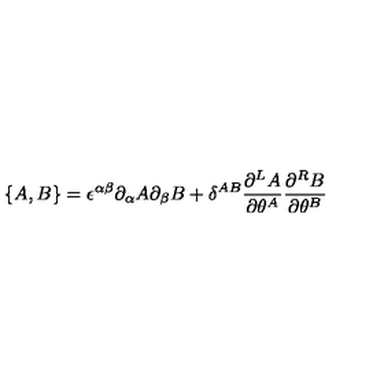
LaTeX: \{ A , B \} = \epsilon ^ { \alpha \beta } \partial _ { \alpha } A \partial _ { \beta } B + \delta ^ { A B } \frac { \partial ^ { L } A } { \partial \theta ^ { A } } \frac { \partial ^ { R } B } { \partial \theta ^ { B } }